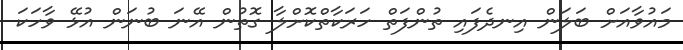
މައުވާއަށް ބަލަން އިނދެފައި ތުންފަތް ހަރަކާތްކޮށްލާ ގޮތުން އޭނަ ބުނަން އުޅޭ ވާހަކަ